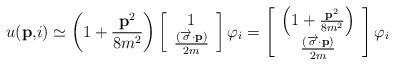
\begin{align*}u(\mathbf{p,}i)\simeq \left( 1+\frac{\mathbf{p}^{2}}{8m^{2}}\right) \left[ \begin{array}{c}1 \\ \frac{(\overrightarrow{\mathbf{\sigma }}\mathbf{\cdot p})}{2m}\end{array}\right] \varphi _{i}=\left[ \begin{array}{c}\left( 1+\frac{\mathbf{p}^{2}}{8m^{2}}\right) \\ \frac{(\overrightarrow{\mathbf{\sigma }}\mathbf{\cdot p})}{2m}\end{array}\right] \varphi _{i}\end{align*}